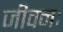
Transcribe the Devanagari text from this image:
जीवनः